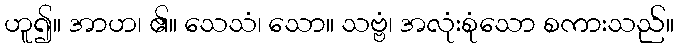
ဟူ၍။ အာဟ၊ ၏။ သေသံ၊ သော။ သဗ္ဗံ၊ အလုံးစုံသော စကားသည်။